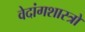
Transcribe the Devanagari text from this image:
वेदांगशास्त्रों